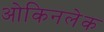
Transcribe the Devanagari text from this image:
ओकिनलेक